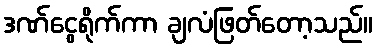
ဒဏ်ငွေရိုက်ကာ ချလံဖြတ်တော့သည်။